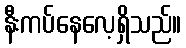
နီးကပ်နေလေ့ရှိသည်။